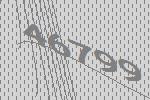
46799